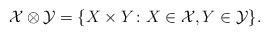
LaTeX: \begin{align*} \mathcal{X} \otimes \mathcal{Y} = \{ X \times Y \colon X \in \mathcal{X}, Y \in \mathcal{Y} \}. \end{align*}